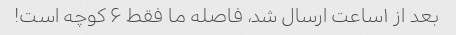
بعد از ۱ساعت ارسال شد، فاصله ما فقط ۶ کوچه است!